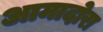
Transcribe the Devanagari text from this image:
आमादोरा